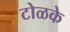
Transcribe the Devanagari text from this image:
टोळके